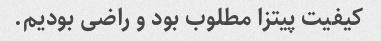
کیفیت پیتزا مطلوب بود و راضی بودیم.